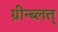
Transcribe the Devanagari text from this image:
ग्रीन्ब्लत्त्